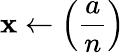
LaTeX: \mathbf{x}\gets\left({\frac{{a}}{{n}}}\right)